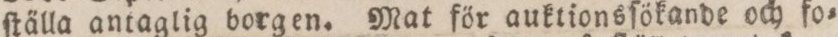
ſtälla antaglig borgen. Mat för auktionsſökande och fo=